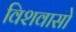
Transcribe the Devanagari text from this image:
विशवासो